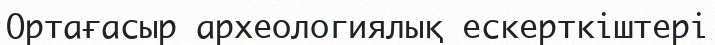
Ортағасыр археологиялық ескерткіштері